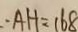
\therefore A H = 1 6 8